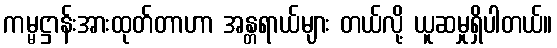
ကမ္မဋ္ဌာန်းအားထုတ်တာဟာ အန္တရာယ်များ တယ်လို့ ယူဆမှုရှိပါတယ်။